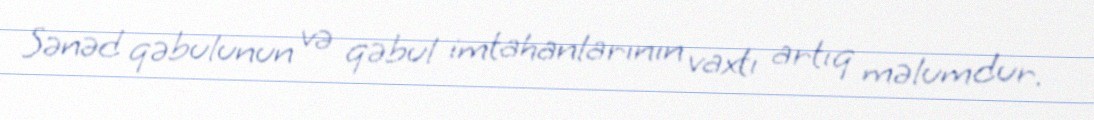
Sənəd qəbulunun və qəbul imtahanlarının vaxtı artıq məlumdur.